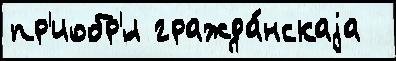
пр'иобр'́л гражда́нскаjа